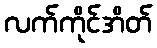
လက်ကိုင်အိတ်